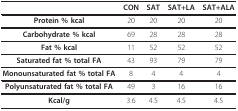
<table><thead><tr><td></td><td><b>CON</b></td><td><b>SAT</b></td><td><b>SAT+LA</b></td><td><b>SAT+ALA</b></td></tr></thead><tbody><tr><td><b>Protein % kcal</b></td><td>20</td><td>20</td><td>20</td><td>20</td></tr><tr><td><b>Carbohydrate % kcal</b></td><td>69</td><td>28</td><td>28</td><td>28</td></tr><tr><td><b>Fat % kcal</b></td><td>11</td><td>52</td><td>52</td><td>52</td></tr><tr><td><b>Saturated fat % total FA</b></td><td>43</td><td>93</td><td>79</td><td>79</td></tr><tr><td><b>Monounsaturated fat % total FA</b></td><td>8</td><td>4</td><td>4</td><td>4</td></tr><tr><td><b>Polyunsaturated fat % total FA</b></td><td>49</td><td>3</td><td>16</td><td>16</td></tr><tr><td><b>Kcal/g</b></td><td>3.6</td><td>4.5</td><td>4.5</td><td>4.5</td></tr></tbody></table>